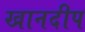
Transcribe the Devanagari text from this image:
खानदीप